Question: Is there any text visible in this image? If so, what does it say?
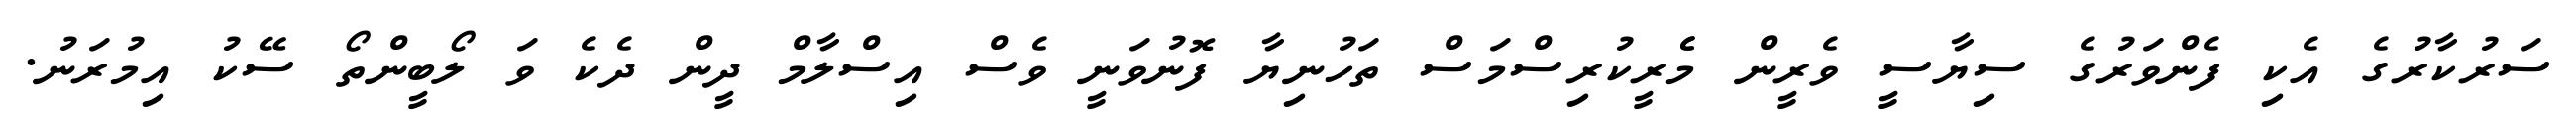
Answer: ސަރުކާރުގެ އެކި ފެންވަރުގެ ސިޔާސީ ވެރީން މެެރީކުރިސްމަސް ތަހުނިޔާ ފޮނުވަނީ ވެސް އިސްލާމް ދީން ދެކެ ވަ ލޯބީންތޯ ސޭކު އިމުރަނު.